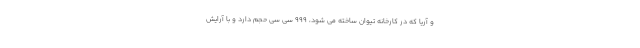
و آریا که در کارخانه تیوان ساخته می شود، ۹۹۹ سی سی حجم دارد و با آرایش